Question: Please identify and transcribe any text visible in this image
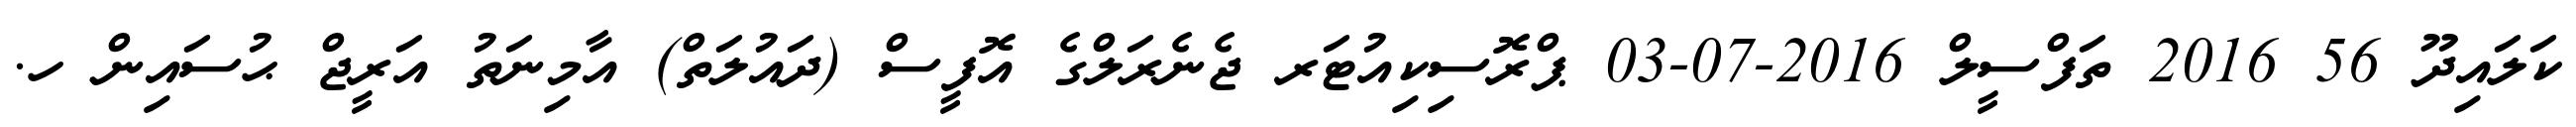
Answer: ކަލައިދޫ 56 2016 ތަފްސީލް 2016-07-03 ޕްރޮސިކިއުޓަރ ޖެނެރަލްގެ އޮފީސް (ދައުލަތް) އާމިނަތު އަރީޖް ޙުސައިން ހ.